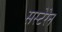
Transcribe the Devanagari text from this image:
सस्टेरेन